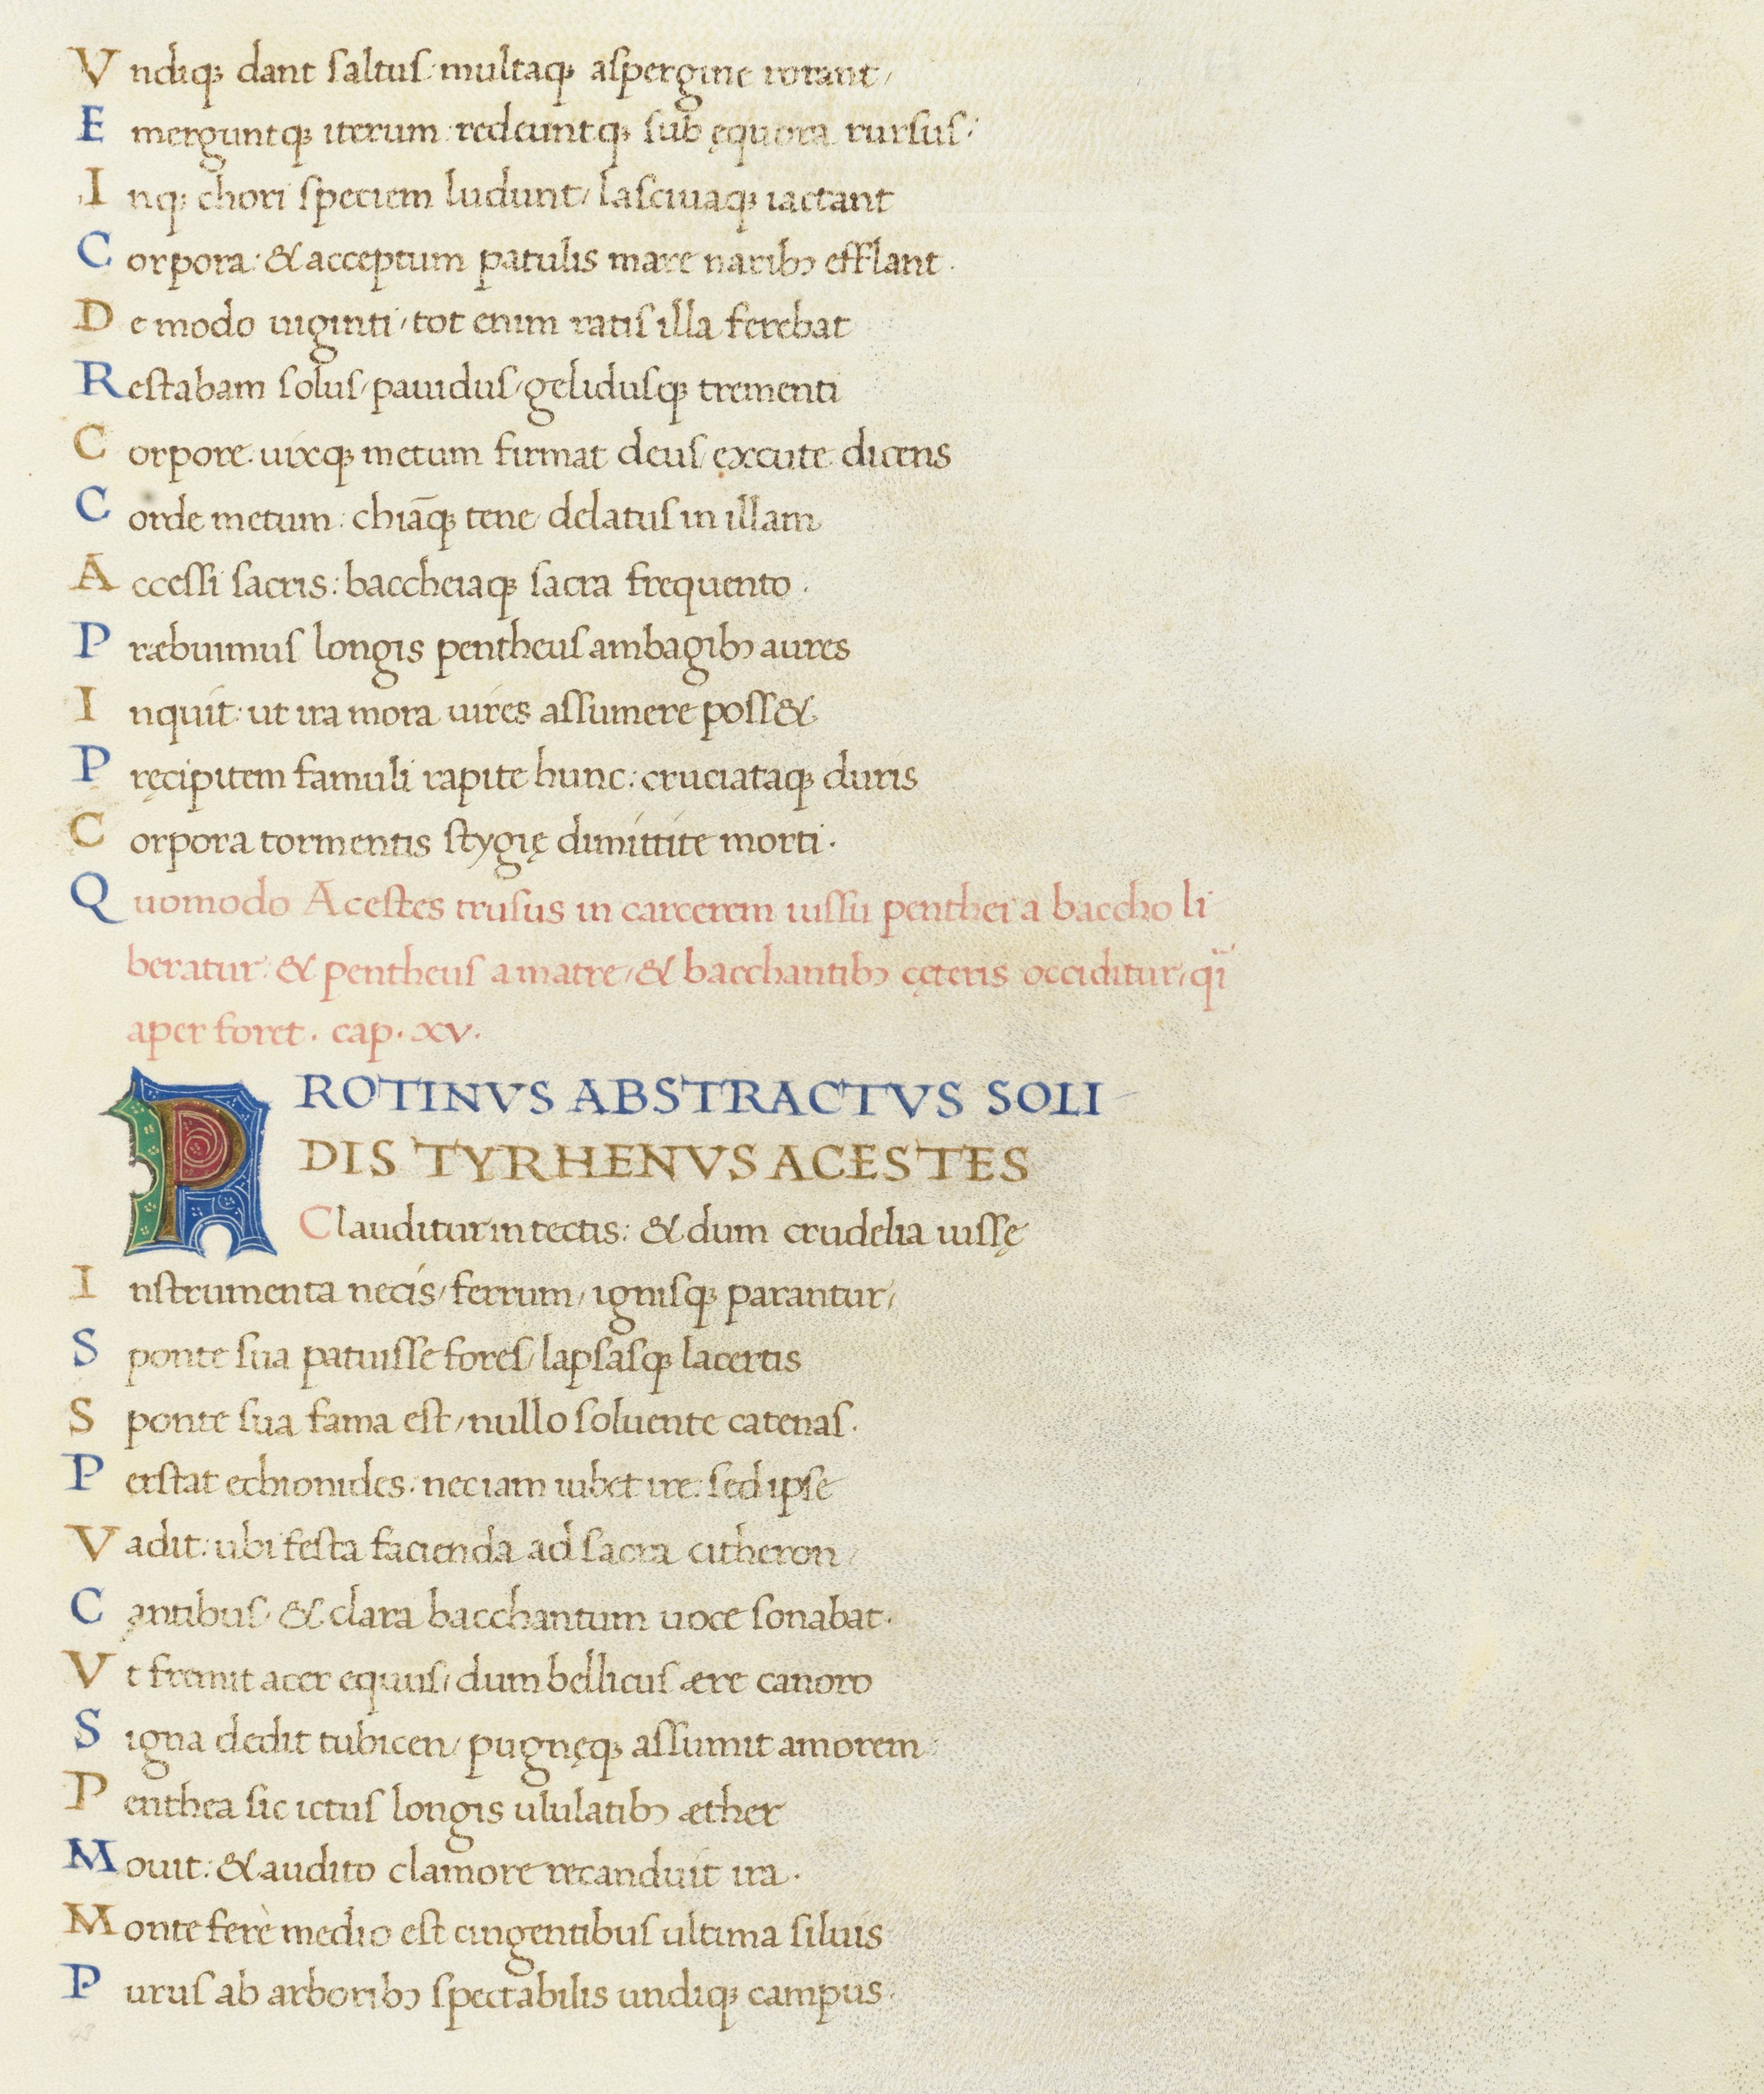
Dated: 1465–1495